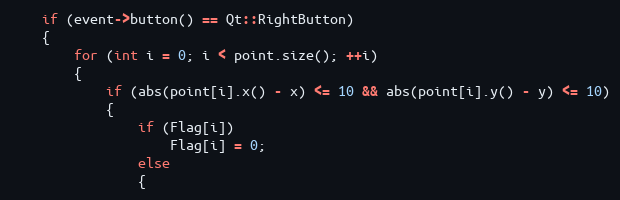
Language: C++
    if (event->button() == Qt::RightButton)
    {
        for (int i = 0; i < point.size(); ++i)
        {
            if (abs(point[i].x() - x) <= 10 && abs(point[i].y() - y) <= 10)
            {
                if (Flag[i])
                    Flag[i] = 0;
                else
                {